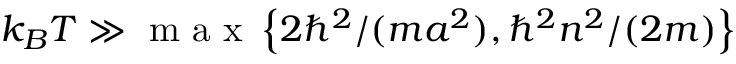
k _ { B } T \gg \mathrm { ~ m ~ a ~ x ~ } \left\{ 2 \hbar ^ { 2 } / ( m a ^ { 2 } ) , \hbar ^ { 2 } n ^ { 2 } / ( 2 m ) \right\}